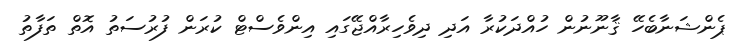
ޕެންޝަނާބެހޭ ޤާނޫނުން ހުއްދަކުރާ އަދި ދިވެހިރާއްޖޭގައި އިންވެސްޓް ކުރަން ފުރުސަތު އޮތް ތަފާތު